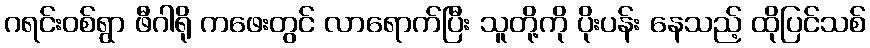
ဂရင်းဝစ်ရွာ ဖီဂါရို ကဖေးတွင် လာရောက်ပြီး သူတို့ကို ပိုးပန်း နေသည့် ထိုပြင်သစ်